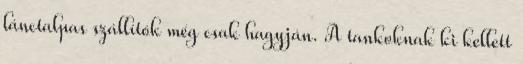
lánctalpas szállítók még csak hagyján. A tankoknak ki kellett